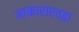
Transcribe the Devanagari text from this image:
आकाराएवढा